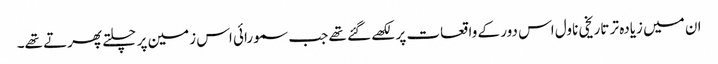
ان میں زیادہ تر تاریخی ناول اس دور کے واقعات پر لکھے گئے تھے جب سمورائی اس زمین پر چلتے پھرتے تھے۔